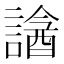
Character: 𧫧